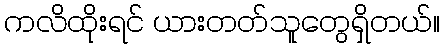
ကလိထိုးရင် ယားတတ်သူတွေရှိတယ်။